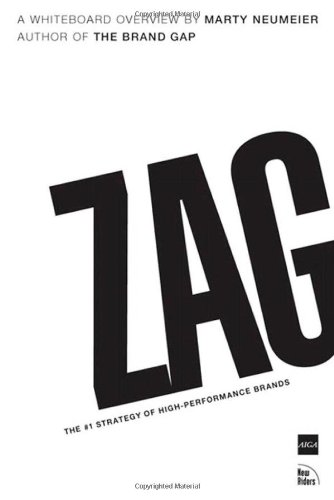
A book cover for Zag: The Number One Strategy of High-Performance Brands; Marty Neumeier; Computers & Technology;